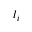
l _ { i }